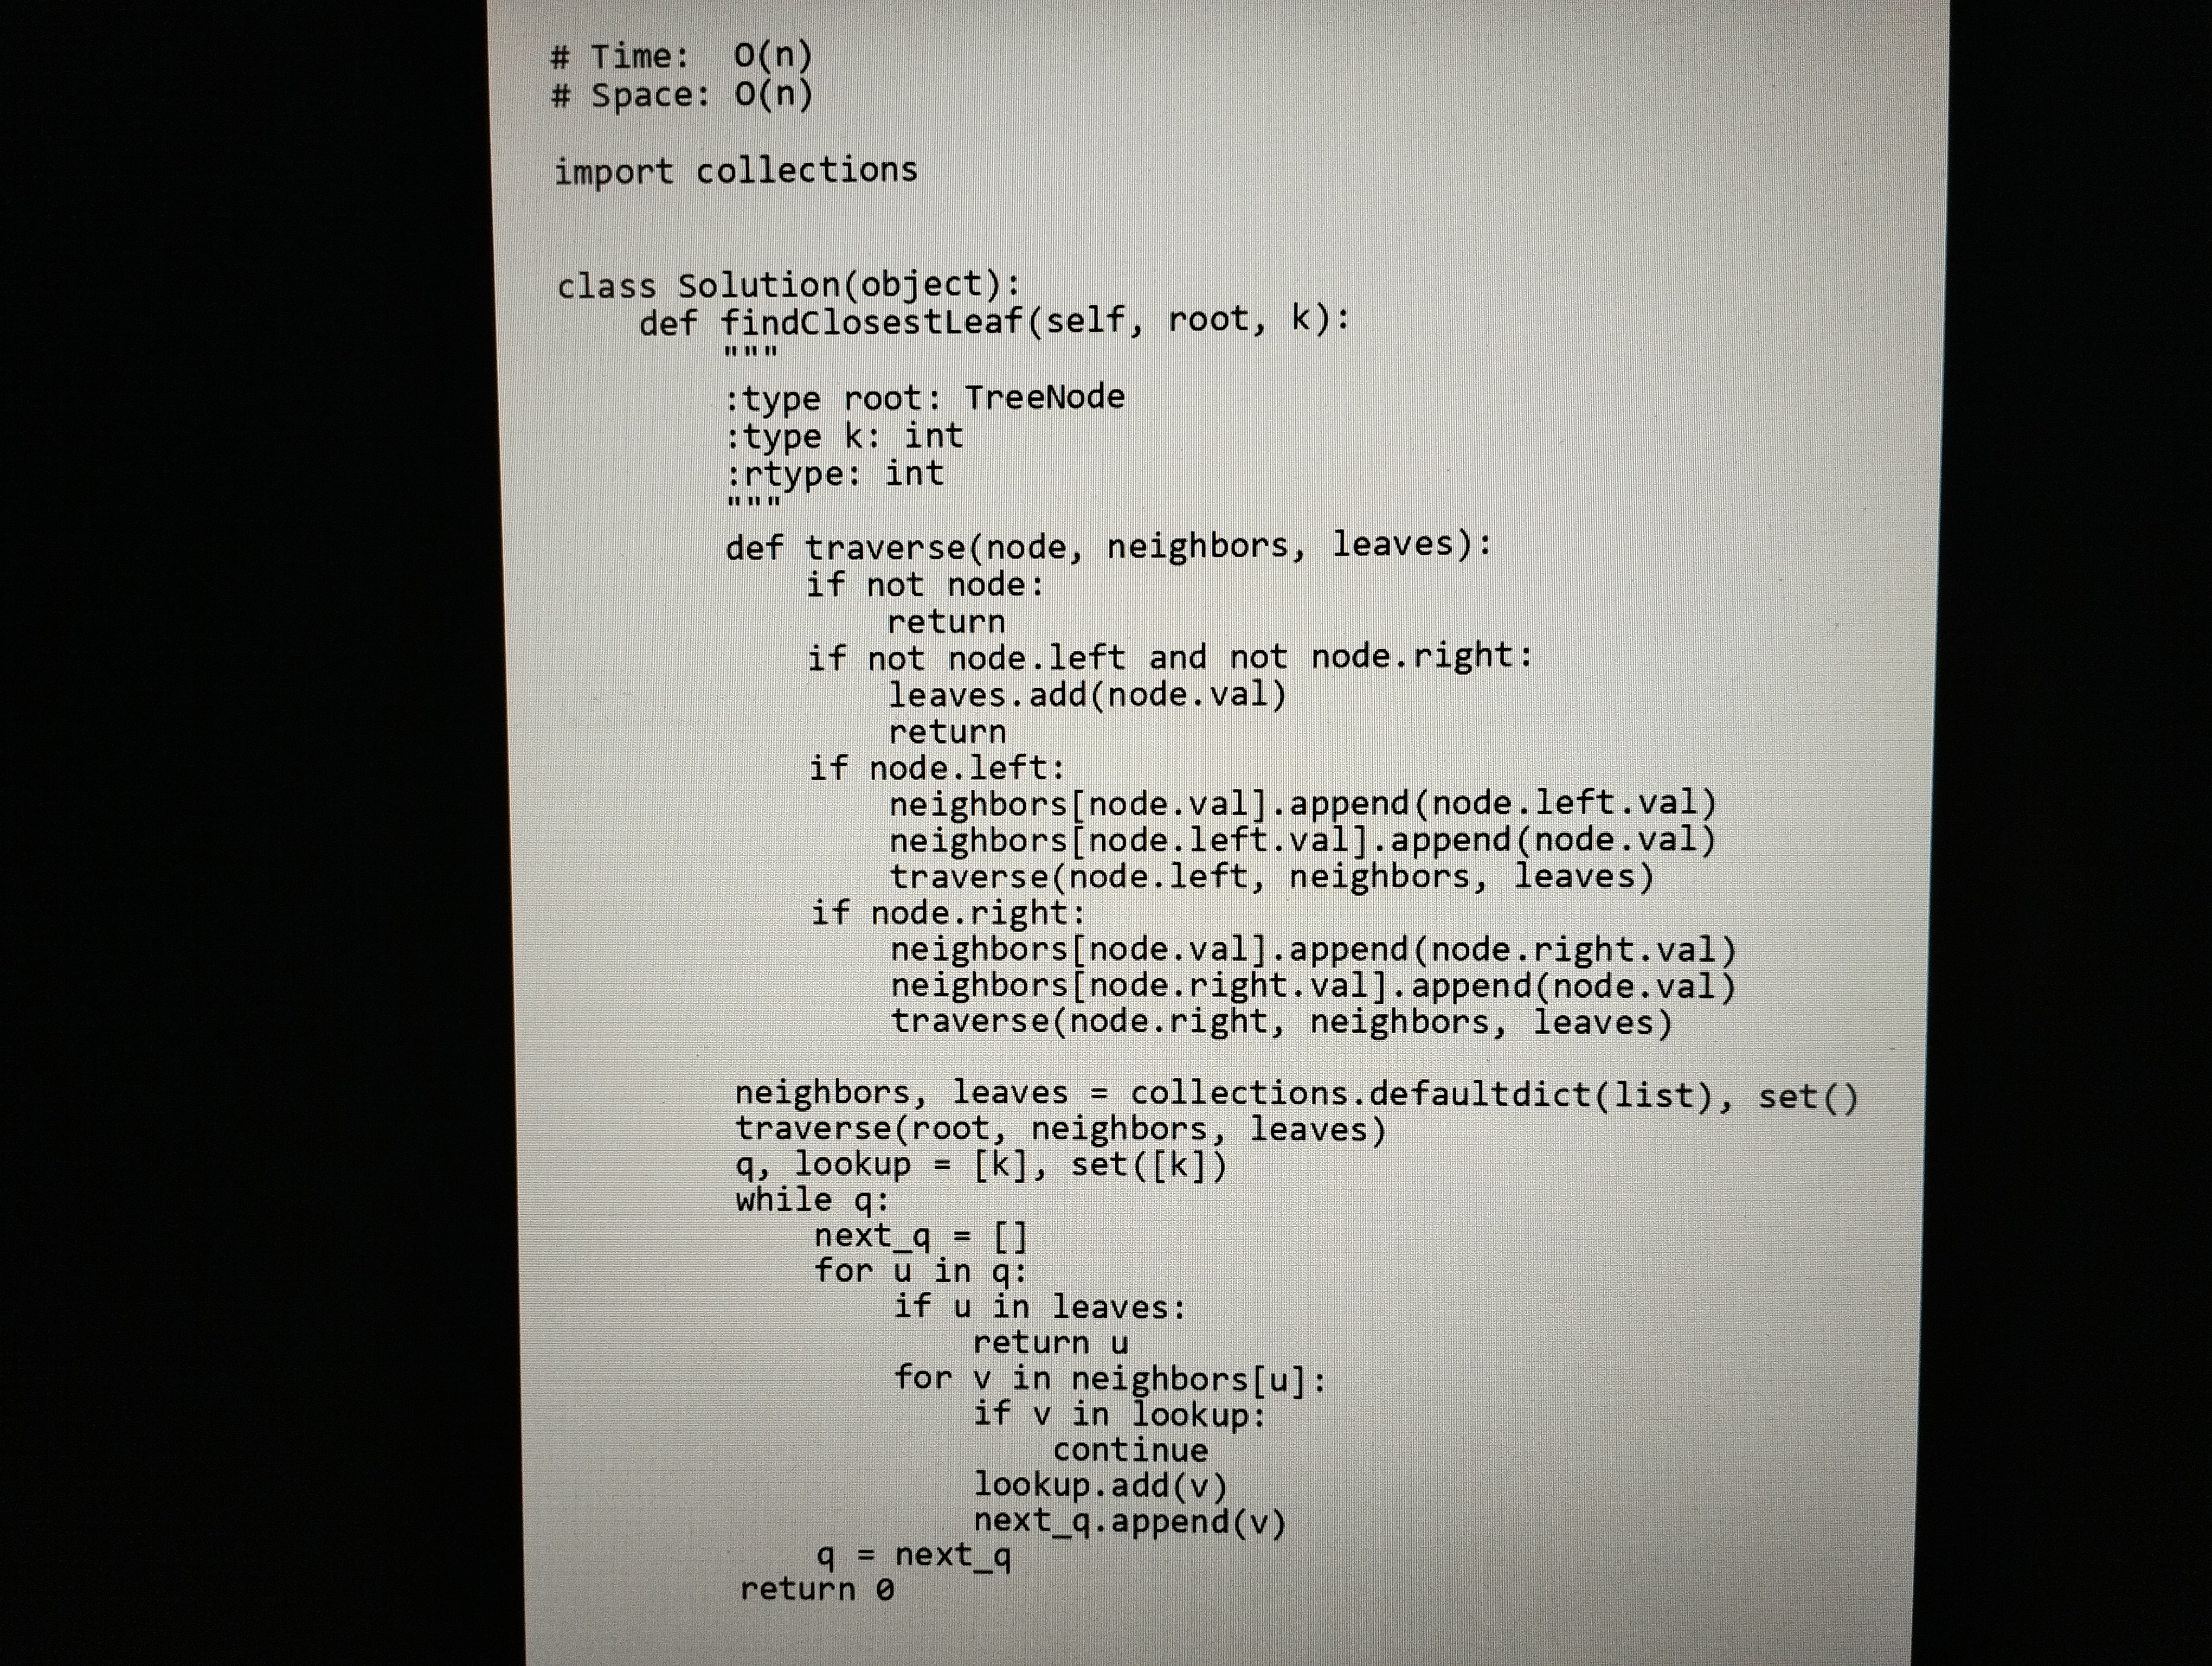
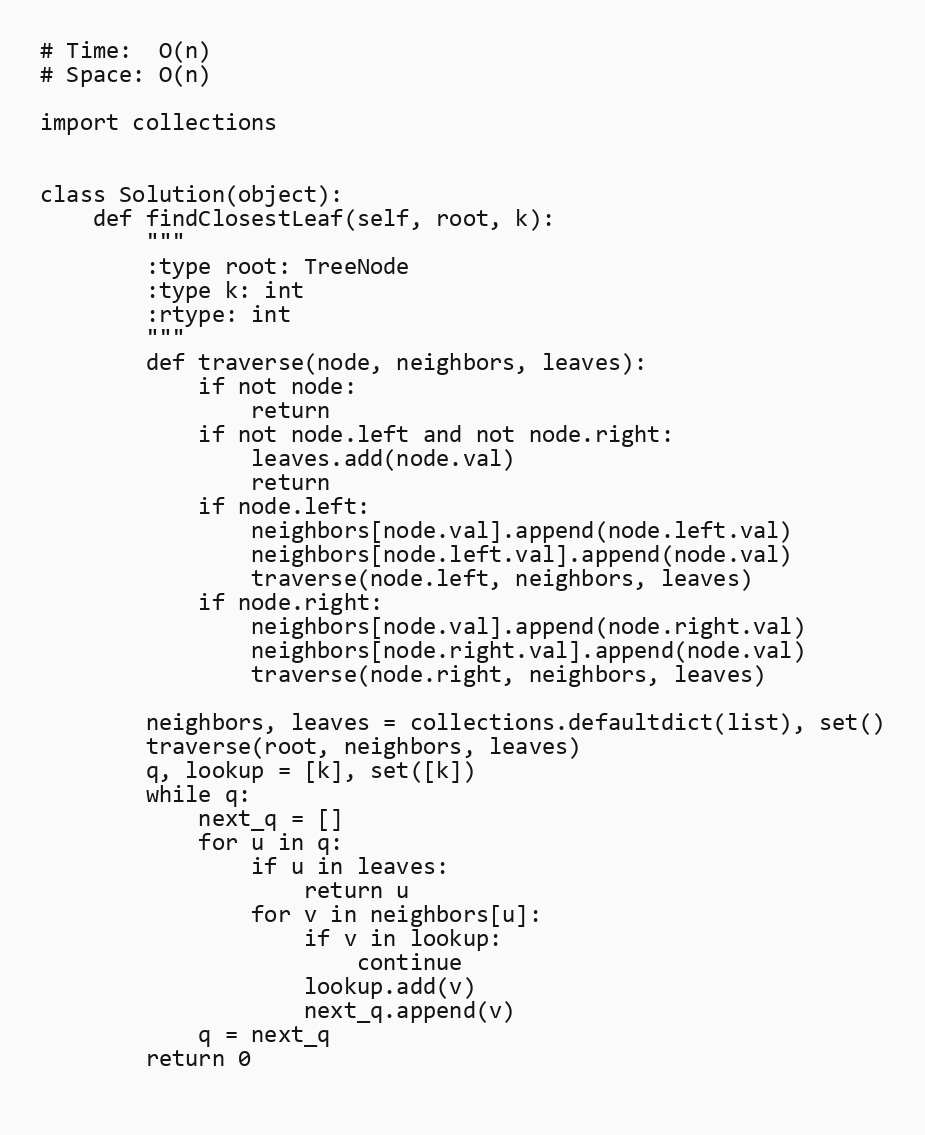
# Time:  O(n)
# Space: O(n)

import collections

class Solution(object):
    def findClosestLeaf(self, root, k):
        """
        :type root: TreeNode
        :type k: int
        :rtype: int
        """
        def traverse(node, neighbors, leaves):
            if not node:
                return
            if not node.left and not node.right:
                leaves.add(node.val)
                return
            if node.left:
                neighbors[node.val].append(node.left.val)
                neighbors[node.left.val].append(node.val)
                traverse(node.left, neighbors, leaves)
            if node.right:
                neighbors[node.val].append(node.right.val)
                neighbors[node.right.val].append(node.val)
                traverse(node.right, neighbors, leaves)

        neighbors, leaves = collections.defaultdict(list), set()
        traverse(root, neighbors, leaves)
        q, lookup = [k], set([k])
        while q:
            next_q = []
            for u in q:
                if u in leaves:
                    return u
                for v in neighbors[u]:
                    if v in lookup:
                        continue
                    lookup.add(v)
                    next_q.append(v)
            q = next_q
        return 0